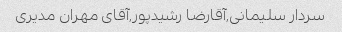
سردار سلیمانی,آقارضا رشیدپور,آقای مهران مدیری